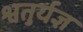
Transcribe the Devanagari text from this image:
श्वतुर्यज्ञ